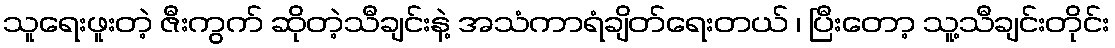
သူရေးဖူးတဲ့ ဇီးကွက် ဆိုတဲ့သီချင်းနဲ့ အသံကာရံချိတ်ရေးတယ် ၊ ပြီးတော့ သူ့သီချင်းတိုင်း